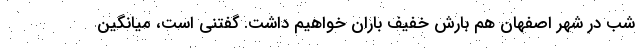
شب در شهر اصفهان هم بارش خفیف باران خواهیم داشت. گفتنی است، میانگین